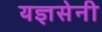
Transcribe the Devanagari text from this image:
यज्ञसेनी